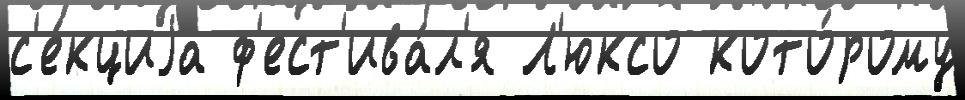
с'е́кциjа ф'ест'ива́л'я Л'юксо кото́рому